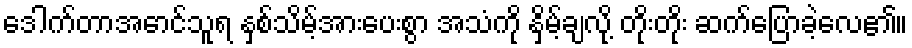
ဒေါက်တာအောင်သူရ နှစ်သိမ့်အားပေးစွာ အသံကို နှိမ့်ချလို့ တိုးတိုး ဆက်ပြောခဲ့လေ၏။